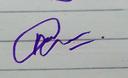
Signature authenticity: genuine